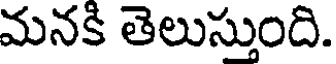
మనకి తెలుస్తుంది.